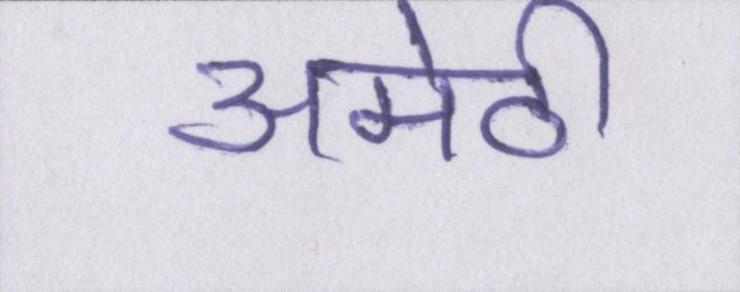
अमेठी